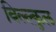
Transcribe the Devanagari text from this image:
बिल्ल्कुल